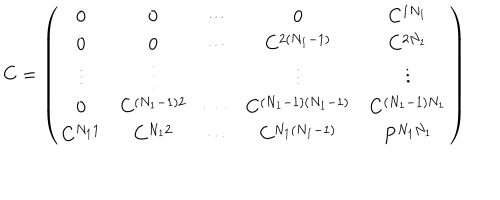
LaTeX: C = \left( \begin{array} { c c c c c } { { 0 } } & { { 0 } } & { { \cdots } } & { { 0 } } & { { C ^ { 1 N _ { 1 } } } } \\ { { 0 } } & { { 0 } } & { { \cdots } } & { { C ^ { 2 ( N _ { 1 } - 1 ) } } } & { { C ^ { 2 N _ { 1 } } } } \\ { { \vdots } } & { { \vdots } } & { { { } } } & { { \vdots } } & { { \vdots } } \\ { { 0 } } & { { C ^ { ( N _ { 1 } - 1 ) 2 } } } & { { \cdots } } & { { C ^ { ( N _ { 1 } - 1 ) ( N _ { 1 } - 1 ) } } } & { { C ^ { ( N _ { 1 } - 1 ) N _ { 1 } } } } \\ { { C ^ { N _ { 1 } 1 } } } & { { C ^ { N _ { 1 } 2 } } } & { { \cdots } } & { { C ^ { N _ { 1 } ( N _ { 1 } - 1 ) } } } & { { P ^ { N _ { 1 } N _ { 1 } } } } \\ \end{array} \right)